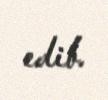
edib.